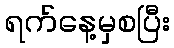
ရက်နေ့မှစပြီး